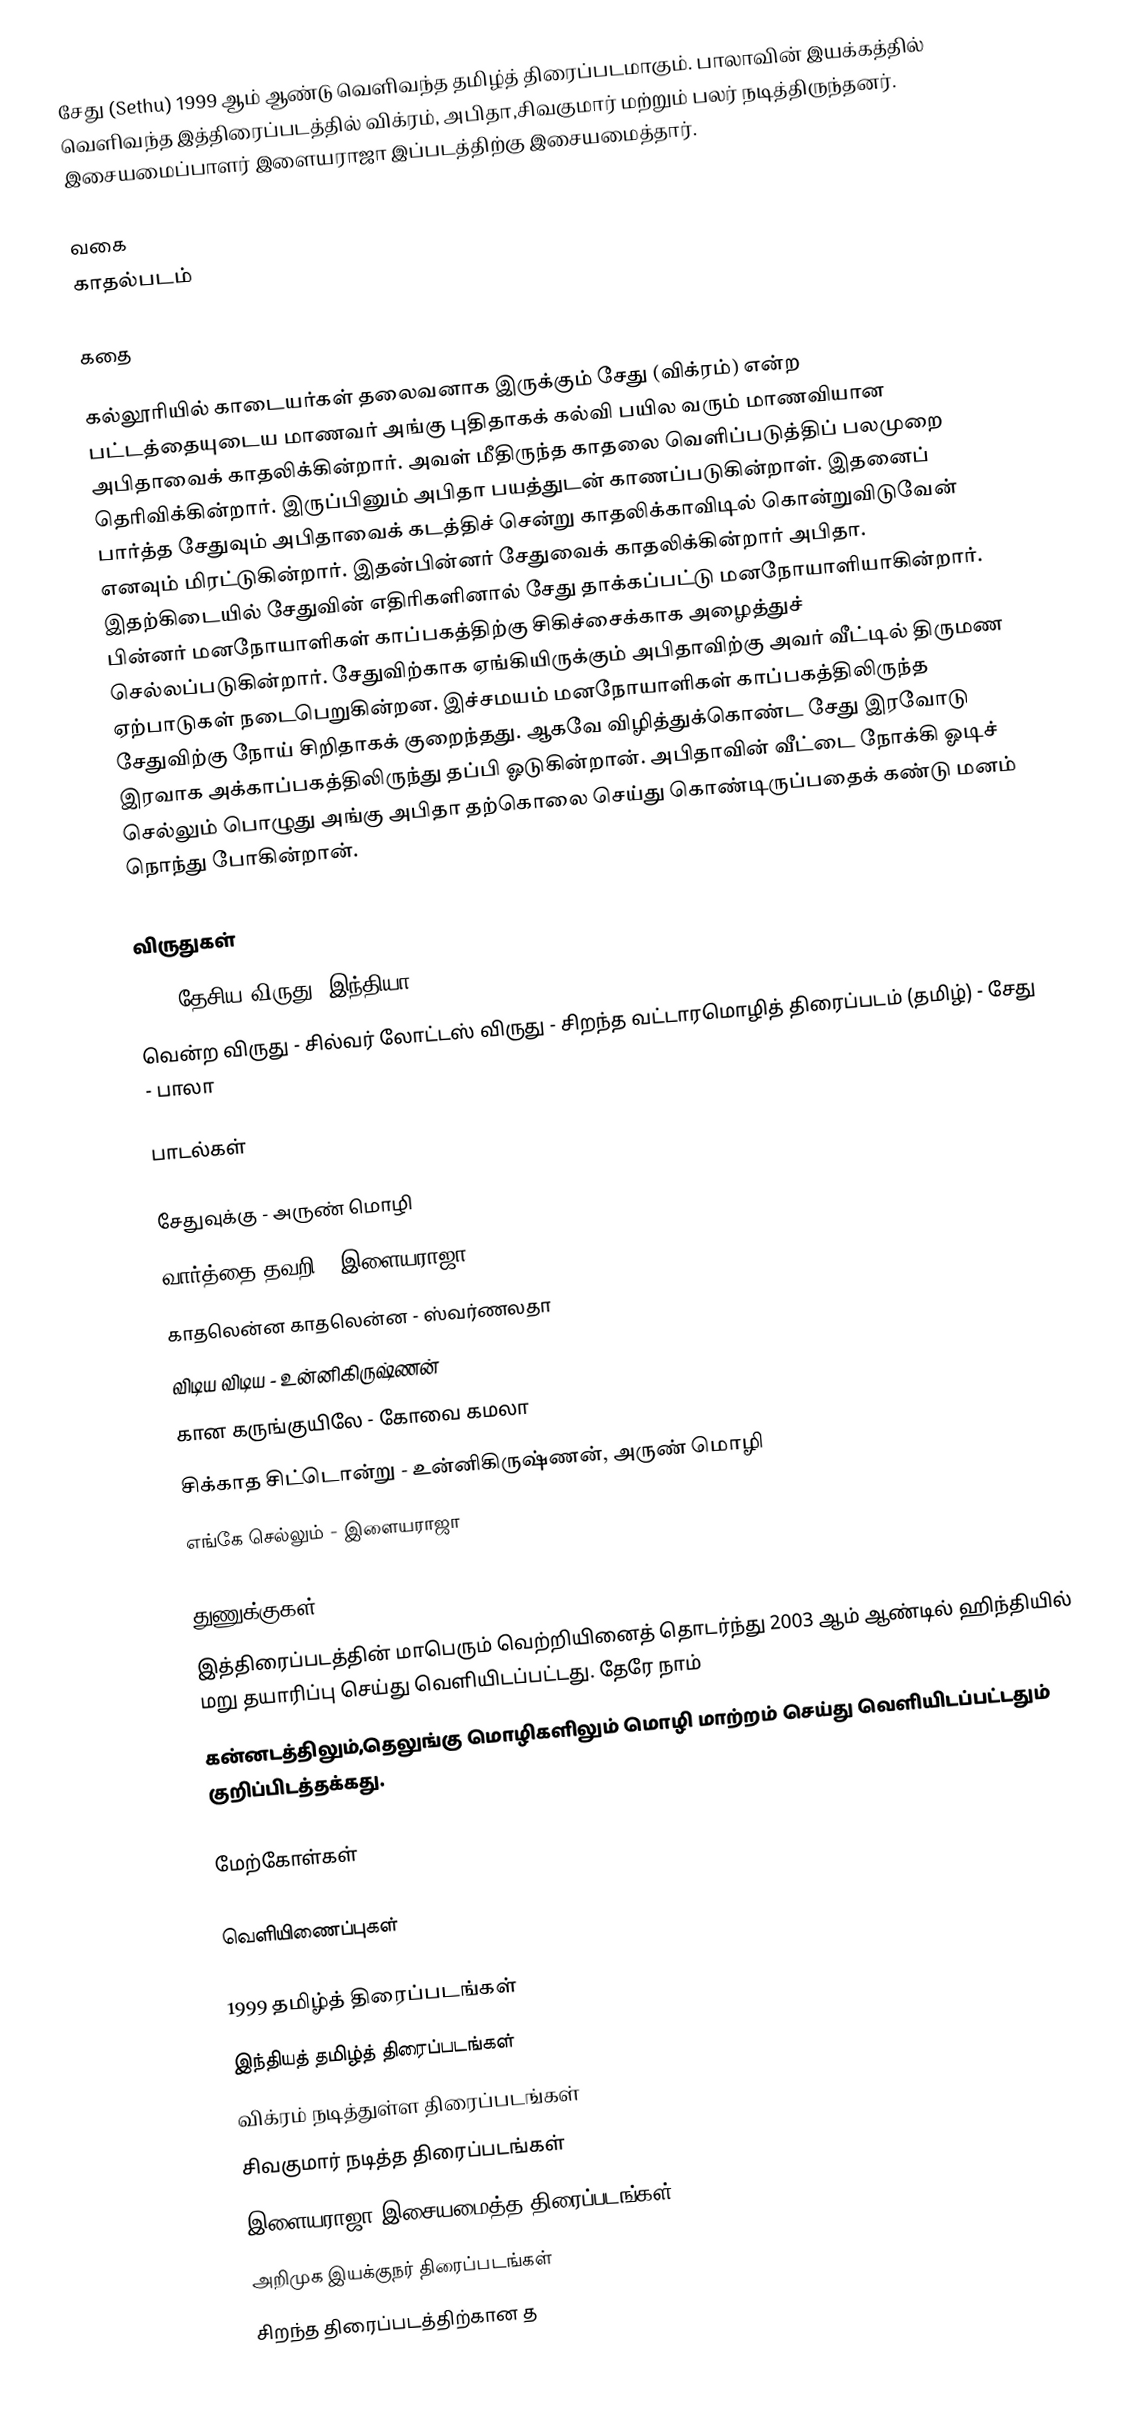
சேது (Sethu) 1999 ஆம் ஆண்டு வெளிவந்த தமிழ்த் திரைப்படமாகும். பாலாவின் இயக்கத்தில் வெளிவந்த இத்திரைப்படத்தில் விக்ரம், அபிதா,சிவகுமார் மற்றும் பலர் நடித்திருந்தனர். இசையமைப்பாளர் இளையராஜா இப்படத்திற்கு இசையமைத்தார்.

வகை
காதல்படம்

கதை

கல்லூரியில் காடையர்கள் தலைவனாக இருக்கும் சேது (விக்ரம்) என்ற பட்டத்தையுடைய மாணவர் அங்கு புதிதாகக் கல்வி பயில வரும் மாணவியான அபிதாவைக் காதலிக்கின்றார். அவள் மீதிருந்த காதலை வெளிப்படுத்திப் பலமுறை தெரிவிக்கின்றார். இருப்பினும் அபிதா பயத்துடன் காணப்படுகின்றாள். இதனைப் பார்த்த சேதுவும் அபிதாவைக் கடத்திச் சென்று காதலிக்காவிடில் கொன்றுவிடுவேன் எனவும் மிரட்டுகின்றார். இதன்பின்னர் சேதுவைக் காதலிக்கின்றார் அபிதா. இதற்கிடையில் சேதுவின் எதிரிகளினால் சேது தாக்கப்பட்டு மனநோயாளியாகின்றார். பின்னர் மனநோயாளிகள் காப்பகத்திற்கு சிகிச்சைக்காக அழைத்துச் செல்லப்படுகின்றார். சேதுவிற்காக ஏங்கியிருக்கும் அபிதாவிற்கு அவர் வீட்டில் திருமண ஏற்பாடுகள் நடைபெறுகின்றன. இச்சமயம் மனநோயாளிகள் காப்பகத்திலிருந்த சேதுவிற்கு நோய் சிறிதாகக் குறைந்தது. ஆகவே விழித்துக்கொண்ட சேது இரவோடு இரவாக அக்காப்பகத்திலிருந்து தப்பி ஓடுகின்றான். அபிதாவின் வீட்டை நோக்கி ஓடிச் செல்லும் பொழுது அங்கு அபிதா தற்கொலை செய்து கொண்டிருப்பதைக் கண்டு மனம் நொந்து போகின்றான்.

விருதுகள்
2000 தேசிய விருது (இந்தியா)
 வென்ற விருது - சில்வர் லோட்டஸ் விருது - சிறந்த வட்டாரமொழித் திரைப்படம் (தமிழ்) - சேது - பாலா

பாடல்கள்

சேதுவுக்கு - அருண் மொழி
வார்த்தை தவறி - இளையராஜா
காதலென்ன காதலென்ன - ஸ்வர்ணலதா
விடிய விடிய - உன்னிகிருஷ்ணன்
கான கருங்குயிலே - கோவை கமலா
சிக்காத சிட்டொன்று - உன்னிகிருஷ்ணன், அருண் மொழி
எங்கே செல்லும் - இளையராஜா

துணுக்குகள்
 இத்திரைப்படத்தின் மாபெரும் வெற்றியினைத் தொடர்ந்து 2003 ஆம் ஆண்டில் ஹிந்தியில் மறு தயாரிப்பு செய்து வெளியிடப்பட்டது. தேரே நாம்
கன்னடத்திலும்,தெலுங்கு மொழிகளிலும் மொழி மாற்றம் செய்து வெளியிடப்பட்டதும் குறிப்பிடத்தக்கது.

மேற்கோள்கள்

வெளியிணைப்புகள்

1999 தமிழ்த் திரைப்படங்கள்
இந்தியத் தமிழ்த் திரைப்படங்கள்
விக்ரம் நடித்துள்ள திரைப்படங்கள்
சிவகுமார் நடித்த திரைப்படங்கள்
இளையராஜா இசையமைத்த திரைப்படங்கள்
அறிமுக இயக்குநர் திரைப்படங்கள்
சிறந்த திரைப்படத்திற்கான த